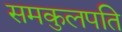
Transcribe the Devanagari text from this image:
समकुलपति